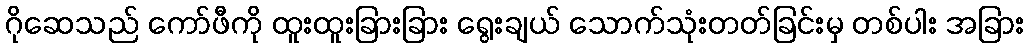
ဂိုဆေသည် ကော်ဖီကို ထူးထူးခြားခြား ရွေးချယ် သောက်သုံးတတ်ခြင်းမှ တစ်ပါး အခြား